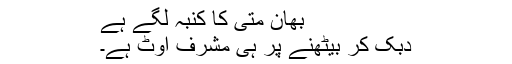
بھان متی کا کنبہ لگے ہے
دبک کر بیٹھنے پر ہی مشرف اوٹ ہے۔